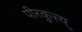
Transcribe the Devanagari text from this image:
पीरकुत्त्य्